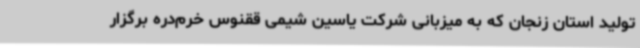
تولید استان زنجان که به میزبانی شرکت یاسین شیمی ققنوس خرم‌دره برگزار